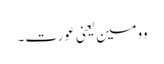
وومین یعنی عورت۔